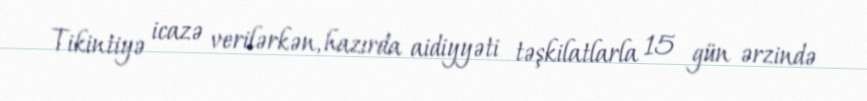
Tikintiyə icazə verilərkən, hazırda aidiyyəti təşkilatlarla 15 gün ərzində